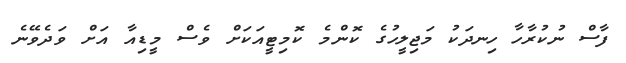
ފާސް ނުކުރާހާ ހިނދަކު މަޖިލީހުގެ ކޮންމެ ކޮމިޓީއަކަށް ވެސް މީޑިއާ އަށް ވަދެވޭނެ